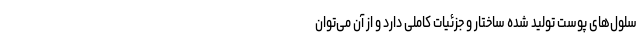
سلول‌های پوست تولید شده ساختار و جزئیات کاملی دارد و از آن می‌توان